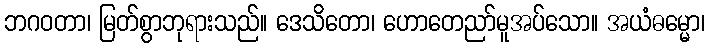
ဘဂဝတာ၊ မြတ်စွာဘုရားသည်။ ဒေသိတော၊ ဟောတေညာ်မူအပ်သော။ အယံဓမ္မော၊